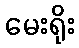
မေးရိုး